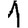
Digit: 1